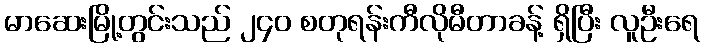
မာဆေးမြို့တွင်းသည် ၂၄၀ စတုရန်းကီလိုမီတာခန့် ရှိပြီး လူဦးရေ